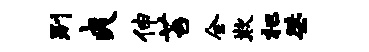
别爽伸苔全欺杷桀